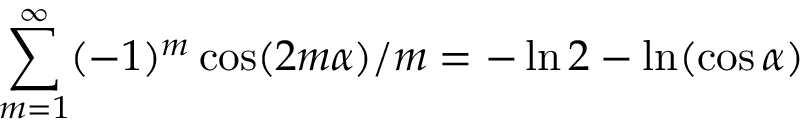
\sum _ { m = 1 } ^ { \infty } ( - 1 ) ^ { m } \cos ( 2 m \alpha ) / m = - \ln 2 - \ln ( \cos \alpha )